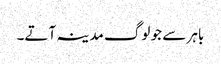
باہر سے جو لوگ مدینہ آتے۔